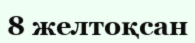
8 желтоқсан